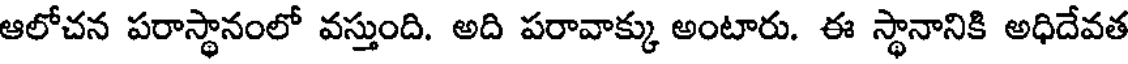
ఆలోచన పరాస్థానంలో వస్తుంది. అది పరావాక్కు అంటారు. ఈ స్థానానికి అధిదేవత